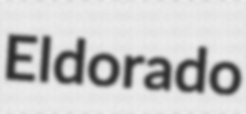
Eldorado